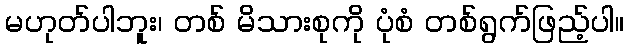
မဟုတ်ပါဘူး၊ တစ် မိသားစုကို ပုံစံ တစ်ရွက်ဖြည့်ပါ။